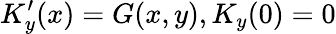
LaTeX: K_{y}^{\prime}(x)=G(x,y),K_{y}(0)=0